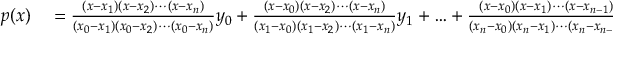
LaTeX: \begin{array} { r l } { p ( x ) } & { { } = { \frac { ( x - x _ { 1 } ) ( x - x _ { 2 } ) \cdots ( x - x _ { n } ) } { ( x _ { 0 } - x _ { 1 } ) ( x _ { 0 } - x _ { 2 } ) \cdots ( x _ { 0 } - x _ { n } ) } } y _ { 0 } + { \frac { ( x - x _ { 0 } ) ( x - x _ { 2 } ) \cdots ( x - x _ { n } ) } { ( x _ { 1 } - x _ { 0 } ) ( x _ { 1 } - x _ { 2 } ) \cdots ( x _ { 1 } - x _ { n } ) } } y _ { 1 } + \ldots + { \frac { ( x - x _ { 0 } ) ( x - x _ { 1 } ) \cdots ( x - x _ { n - 1 } ) } { ( x _ { n } - x _ { 0 } ) ( x _ { n } - x _ { 1 } ) \cdots ( x _ { n } - x _ { n - 1 } ) } } y _ { n } } \end{array}